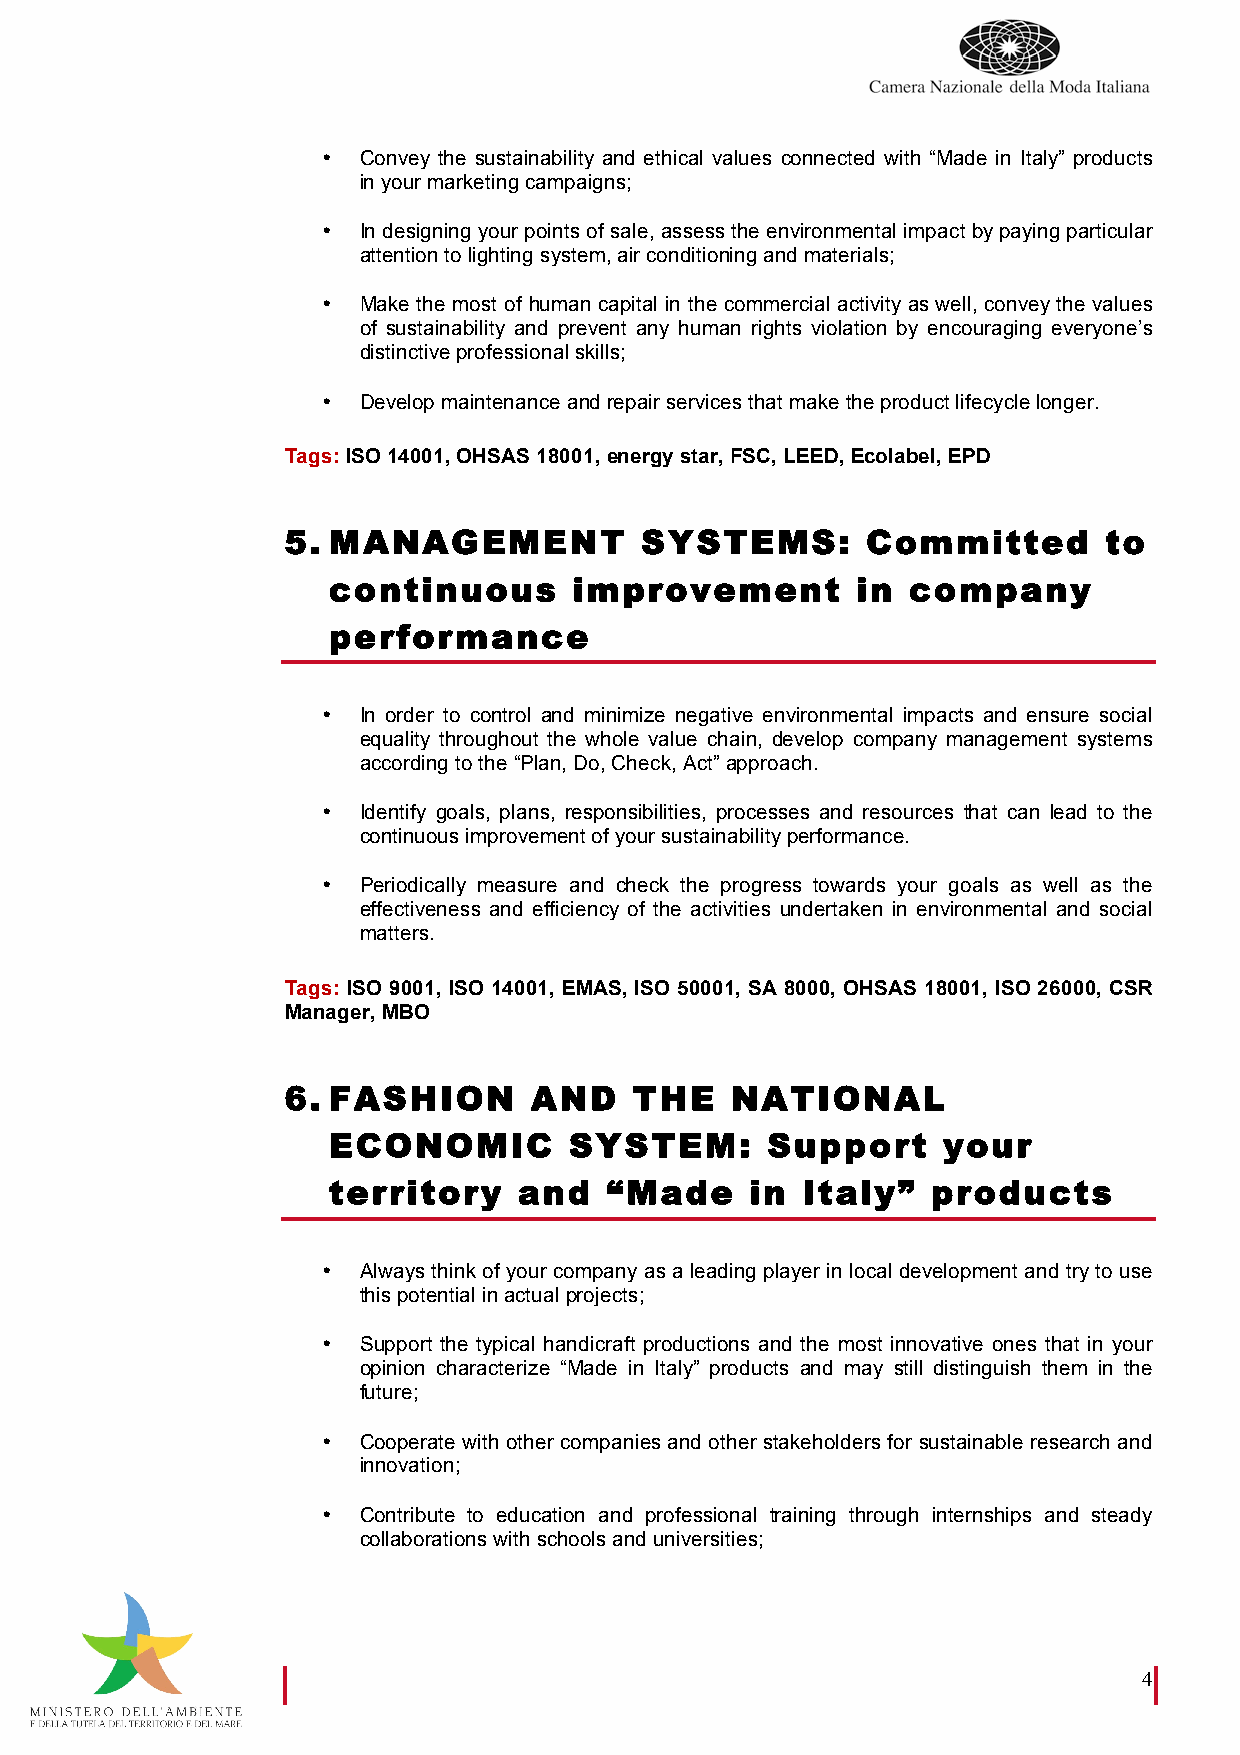
•  Convey the sustainability and ethical values connected with “Made in Italy” products
 in your marketing campaigns;
 •  In designing your points of sale, assess the environmental impact by paying particular
 attention to lighting system, air conditioning and materials;
 •  Make the most of human capital in the commercial activity as well, convey the values
 of sustainability and prevent any human rights violation by encouraging everyone’s
 distinctive professional skills;
 •  Develop maintenance and repair services that make the product lifecycle longer.
 Tags: ISO 14001, OHSAS 18001, energy star, FSC, LEED, Ecolabel, EPD
 5. MANAGEMENT          SYSTEMS:       Committed       to
 continuous      improvement        in company
 performance
 •  In order to control and minimize negative environmental impacts and ensure social
 equality throughout the whole value chain, develop company management systems
 according to the “Plan, Do, Check, Act” approach.
 •  Identify goals, plans, responsibilities, processes and resources that can lead to the
 continuous improvement of your sustainability performance.
 •  Periodically measure and check the progress towards your goals as well as the
 effectiveness and efficiency of the activities undertaken in environmental and social
 matters.
 Tags: ISO 9001, ISO 14001, EMAS, ISO 50001, SA 8000, OHSAS 18001, ISO 26000, CSR
 Manager, MBO
 6. FASHION      AND    THE   NATIONAL
 ECONOMIC        SYSTEM:      Support    your
 territory   and   “Made     in Italy”   products
 •  Always think of your company as a leading player in local development and try to use
 this potential in actual projects;
 •  Support the typical handicraft productions and the most innovative ones that in your
 opinion characterize “Made in Italy” products and may still distinguish them in the
 future;
 •  Cooperate with other companies and other stakeholders for sustainable research and
 innovation;
 •  Contribute to education and professional training through internships and steady
 collaborations with schools and universities;
 4